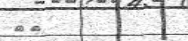
٢٢